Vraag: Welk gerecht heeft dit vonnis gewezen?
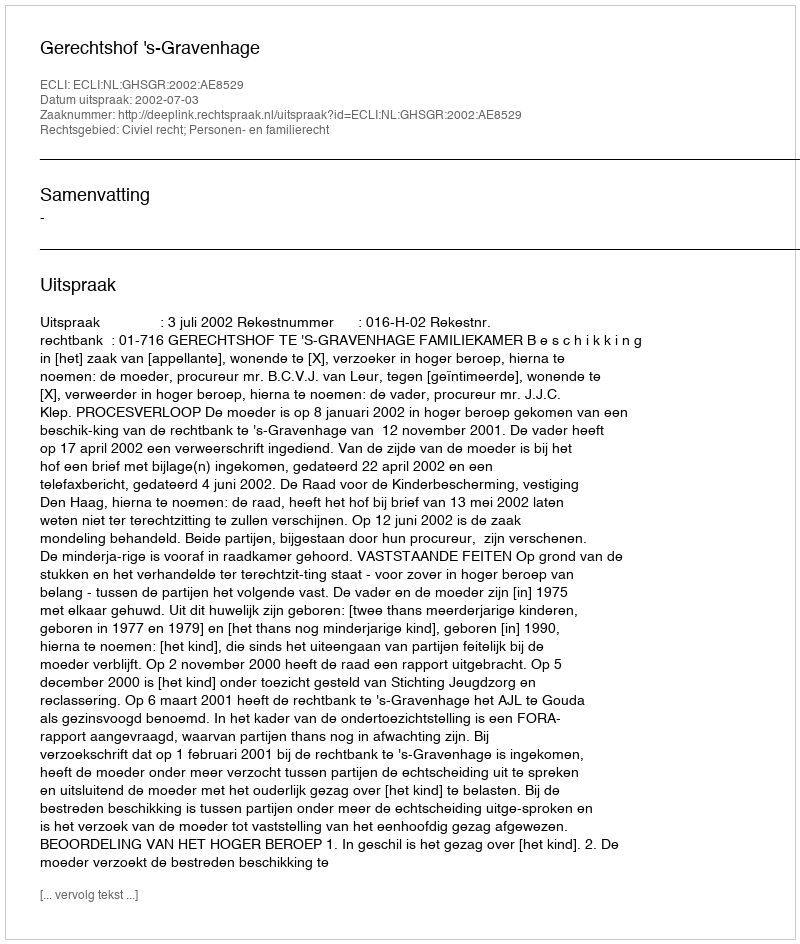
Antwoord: Gerechtshof 's-Gravenhage